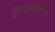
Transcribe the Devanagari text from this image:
इंटेस्टाइनैलिस।